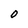
Character: O